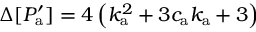
\Delta [ P _ { \mathrm { a } } ^ { \prime } ] = 4 \left( k _ { \mathrm { a } } ^ { 2 } + 3 c _ { \mathrm { a } } k _ { \mathrm { a } } + 3 \right)